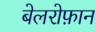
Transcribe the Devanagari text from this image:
बेलरोफ़ान